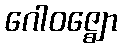
ဂေါဝဇ္ဈော